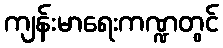
ကျန်းမာရေးကဏ္ဍတွင်